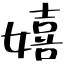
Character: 嬉